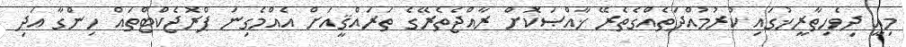
މިއީ ދިވެހިތާރީޚުގައި ކުރުމުއްދަތެއްގެތެރޭ ޚާއްޞަކޮށް ރާއްޖެތެރޭގެ ތަރައްޤީއަށް އެއްމެގިނަ ޕްރޮޖެކްޓްތައް ހިންގާ އަދި